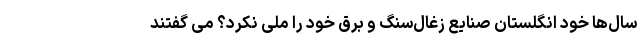
سال‌ها خود انگلستان صنایع زغال‌سنگ و برق خود را ملی نکرد؟ می گفتند